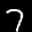
Digit: 7